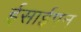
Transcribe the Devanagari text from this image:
ईसाईपन